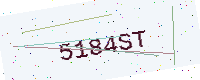
Text: 5184ST